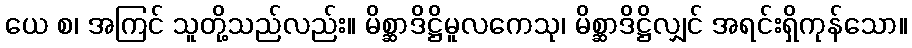
ယေ စ၊ အကြင် သူတို့သည်လည်း။ မိစ္ဆာဒိဋ္ဌိမူလကေသု၊ မိစ္ဆာဒိဋ္ဌိလျှင် အရင်းရှိကုန်သော။